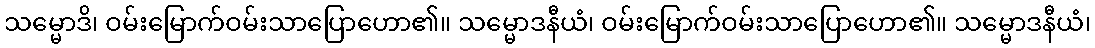
သမ္မောဒိ၊ ဝမ်းမြောက်ဝမ်းသာပြောဟော၏။ သမ္မောဒနီယံ၊ ဝမ်းမြောက်ဝမ်းသာပြောဟော၏။ သမ္မောဒနီယံ၊